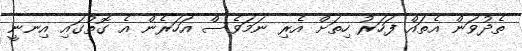
ތެދުވަން އެތައް ފަހަރު ހިތަށް އެރި ނަމަވެސް އަހަރެން އެ ގޮތުގައި އިނނީ